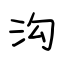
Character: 沟